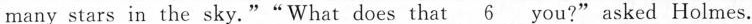
many stars in the sky.""What does that\underline{6}you?" asked Holmes.